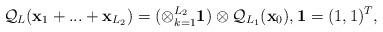
LaTeX: \begin{align*} {\cal Q}_L({\bf x}_1 + ... + {\bf x}_{L_2})= (\otimes_{k=1}^{L_2} {\bf 1}) \otimes {\cal Q}_{L_1}({\bf x}_0),{\bf 1}=(1,1)^T,\end{align*}